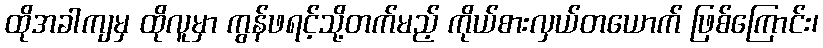
ထိုအခါကျမှ ထိုလူမှာ ကွန်ဖရင့်သို့တက်မည့် ကိုယ်စားလှယ်တယောက် ဖြစ်ကြောင်း၊